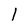
Character: l